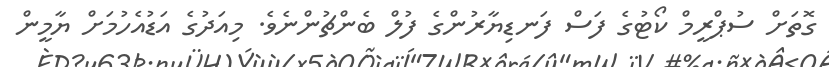
ގޮތަށް ސުޕްރީމް ކޯޓުގެ ފަސް ފަނޑިޔާރުންގެ ފުލް ބެންޗުންނެވެ. މިއަދުގެ އަޑުއެހުމަށް ޔާމީން